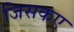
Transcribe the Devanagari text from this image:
जिसकए